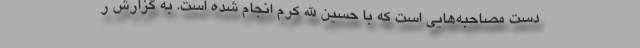
دست مصاحبه‌هایی است که با حسین الله کرم انجام شده است. به گزارش ر